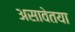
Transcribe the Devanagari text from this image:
असावेतया